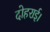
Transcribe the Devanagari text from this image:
दोहराई।